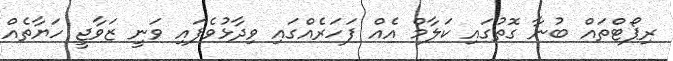
ރިޕޯޓްތައް ބުނާ ގޮތުގައި ކަލާމް އެއް ފަހަރެއްގައި ވިދާޅުވެފައި ވަނީ ޒަވާޖީ ހަޔާތެއް